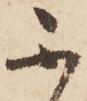
不